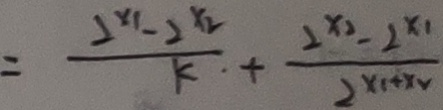
= \frac { 2 ^ { x _ { 1 } } - 2 ^ { x _ { 2 } } } { k } + \frac { 1 ^ { x _ { 2 } } - 2 ^ { x _ { 1 } } } { 2 ^ { x _ { 1 } + x _ { 1 } } }